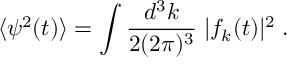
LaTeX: \langle \psi ^ { 2 } ( t ) \rangle = \int \frac { d ^ { 3 } k } { 2 ( 2 \pi ) ^ { 3 } } \; | f _ { k } ( t ) | ^ { 2 } \; .